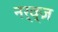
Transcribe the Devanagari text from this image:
नर्व्ज़